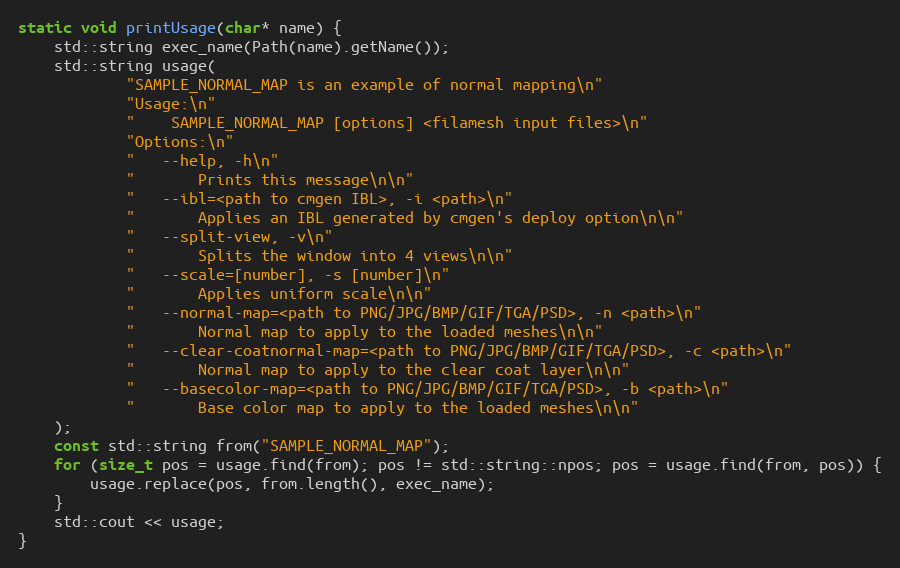
Language: C++
static void printUsage(char* name) {
    std::string exec_name(Path(name).getName());
    std::string usage(
            "SAMPLE_NORMAL_MAP is an example of normal mapping\n"
            "Usage:\n"
            "    SAMPLE_NORMAL_MAP [options] <filamesh input files>\n"
            "Options:\n"
            "   --help, -h\n"
            "       Prints this message\n\n"
            "   --ibl=<path to cmgen IBL>, -i <path>\n"
            "       Applies an IBL generated by cmgen's deploy option\n\n"
            "   --split-view, -v\n"
            "       Splits the window into 4 views\n\n"
            "   --scale=[number], -s [number]\n"
            "       Applies uniform scale\n\n"
            "   --normal-map=<path to PNG/JPG/BMP/GIF/TGA/PSD>, -n <path>\n"
            "       Normal map to apply to the loaded meshes\n\n"
            "   --clear-coatnormal-map=<path to PNG/JPG/BMP/GIF/TGA/PSD>, -c <path>\n"
            "       Normal map to apply to the clear coat layer\n\n"
            "   --basecolor-map=<path to PNG/JPG/BMP/GIF/TGA/PSD>, -b <path>\n"
            "       Base color map to apply to the loaded meshes\n\n"
    );
    const std::string from("SAMPLE_NORMAL_MAP");
    for (size_t pos = usage.find(from); pos != std::string::npos; pos = usage.find(from, pos)) {
        usage.replace(pos, from.length(), exec_name);
    }
    std::cout << usage;
}